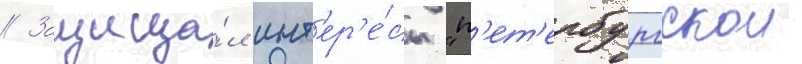
// Защища́л инт'ер'е́сы "п'ет'ербургскои